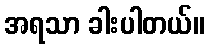
အရသာ ခါးပါတယ်။